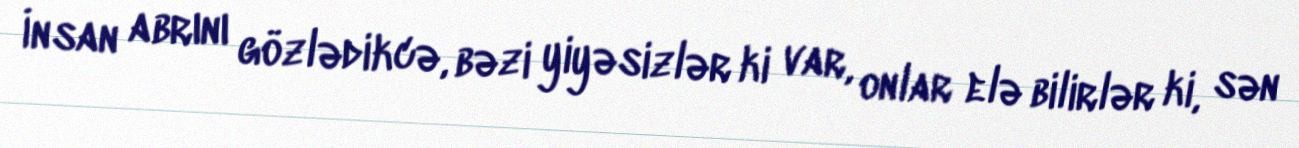
İnsan abrını gözlədikcə, bəzi yiyəsizlər ki var, onlar elə bilirlər ki, sən